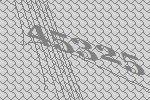
45325